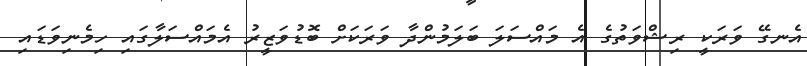
އެނގޭ ވަރަކީ ރިޝްވަތުގެ އެ މައްސަލަ ބަލަމުންދާ ވަރަކަށް ބޮޑުވަޒީރު އެމައްސަލާގައި ހިމެނިވަޑައި